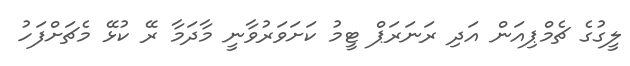
ލީގުގެ ޗެމްޕިއަން އަދި ރަނަރަޕް ޓީމު ކަށަވަރުވާނީ މާދަމާ ރޭ ކުޅޭ މެޗަށްފަހު